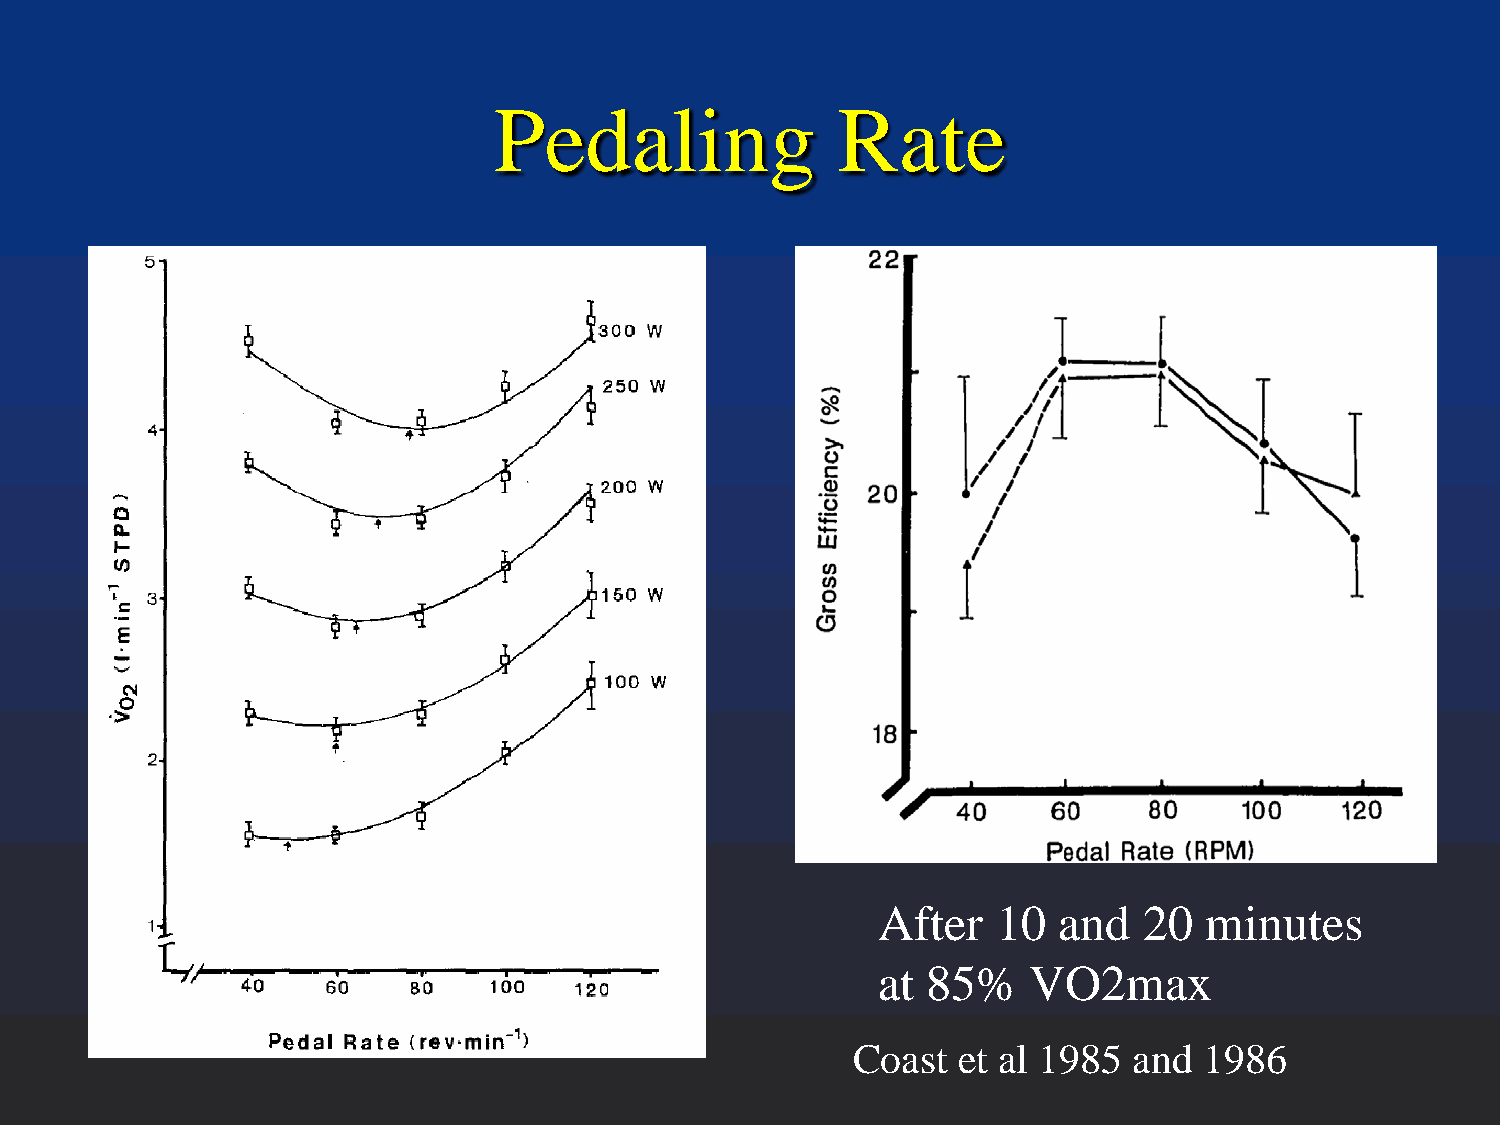
Pedaling              Rate
 After   10  and   20  minutes
 at 85%    VO2max
 Coast  et al 1985  and  1986